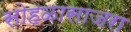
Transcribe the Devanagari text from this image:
सोहळासाजरा